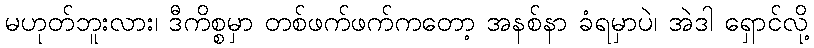
မဟုတ်ဘူးလား၊ ဒီကိစ္စမှာ တစ်ဖက်ဖက်ကတော့ အနစ်နာ ခံရမှာပဲ၊ အဲဒါ ရှောင်လို့